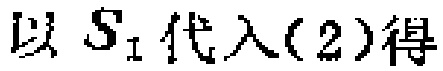
以 \(S_{1}\) 代入\((2)\)得